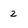
Character: 2